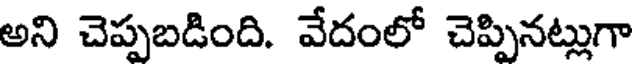
అని చెప్పబడింది. వేదంలో చెప్పినట్లుగా